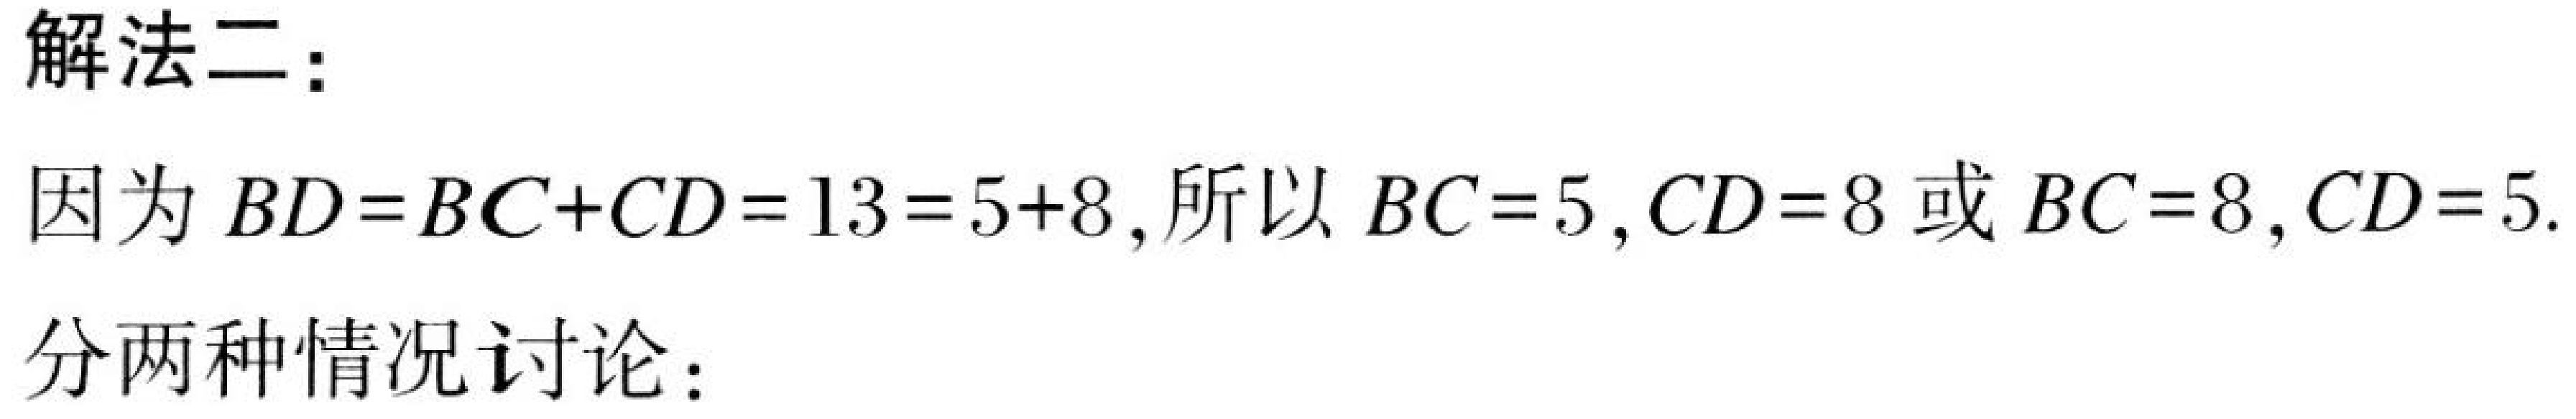
解法二：
因为\(BD = BC + CD = 13 = 5 + 8\)，所以\(BC = 5,CD = 8\)或\(BC = 8,CD = 5\).
分两种情况讨论：